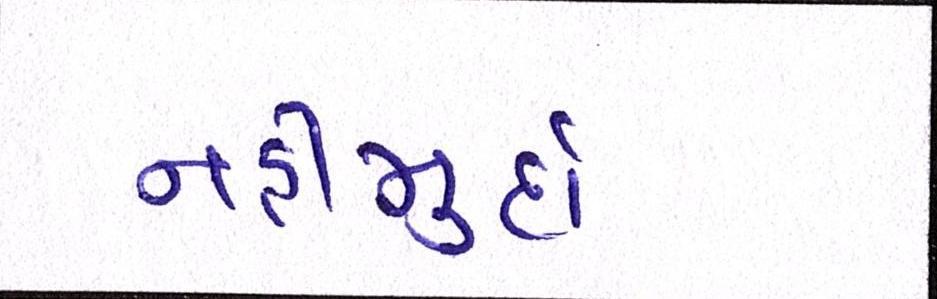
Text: નહીંમુર્દા